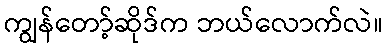
ကျွန်တော့်ဆိုဒ်က ဘယ်လောက်လဲ။